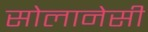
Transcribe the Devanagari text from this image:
सोलानेसी